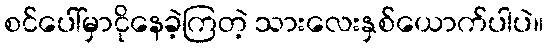
စင်ပေါ်မှာငိုနေခဲ့ကြတဲ့ သားလေးနှစ်ယောက်ပါပဲ။